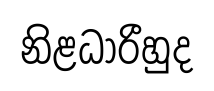
නිළධාරීහුද